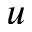
u